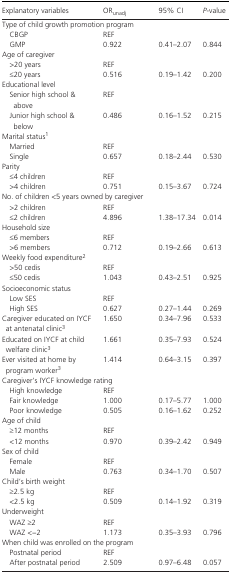
<table><thead><tr><td><b>Explanatory variables</b></td><td><b>OR<sub>unadj</sub></b></td><td><b>95% CI</b></td><td><b><i>P</i>‐value</b></td></tr></thead><tbody><tr><td colspan="4">Type of child growth promotion program</td></tr><tr><td>CBGP</td><td>REF</td><td></td><td></td></tr><tr><td>GMP</td><td>0.922</td><td>0.41–2.07</td><td>0.844</td></tr><tr><td colspan="4">Age of caregiver</td></tr><tr><td>&gt;20 years</td><td>REF</td><td></td><td></td></tr><tr><td>≤20 years</td><td>0.516</td><td>0.19–1.42</td><td>0.200</td></tr><tr><td colspan="4">Educational level</td></tr><tr><td>Senior high school &amp; above</td><td>REF</td><td></td><td></td></tr><tr><td>Junior high school &amp; below</td><td>0.486</td><td>0.16–1.52</td><td>0.215</td></tr><tr><td colspan="4">Marital statusa</td></tr><tr><td>Married</td><td>REF</td><td></td><td></td></tr><tr><td>Single</td><td>0.657</td><td>0.18–2.44</td><td>0.530</td></tr><tr><td colspan="4">Parity</td></tr><tr><td>≤4 children</td><td>REF</td><td></td><td></td></tr><tr><td>&gt;4 children</td><td>0.751</td><td>0.15–3.67</td><td>0.724</td></tr><tr><td colspan="4">No. of children &lt;5 years owned by caregiver</td></tr><tr><td>&gt;2 children</td><td>REF</td><td></td><td></td></tr><tr><td>≤2 children</td><td>4.896</td><td>1.38–17.34</td><td>0.014</td></tr><tr><td colspan="4">Household size</td></tr><tr><td>≤6 members</td><td>REF</td><td></td><td></td></tr><tr><td>&gt;6 members</td><td>0.712</td><td>0.19–2.66</td><td>0.613</td></tr><tr><td colspan="4">Weekly food expenditureb</td></tr><tr><td>&gt;50 cedis</td><td>REF</td><td></td><td></td></tr><tr><td>≤50 cedis</td><td>1.043</td><td>0.43–2.51</td><td>0.925</td></tr><tr><td colspan="4">Socioeconomic status</td></tr><tr><td>Low SES</td><td>REF</td><td></td><td></td></tr><tr><td>High SES</td><td>0.627</td><td>0.27–1.44</td><td>0.269</td></tr><tr><td>Caregiver educated on IYCF at antenatal clinicc</td><td>1.650</td><td>0.34–7.96</td><td>0.533</td></tr><tr><td>Educated on IYCF at child welfare clinicc</td><td>1.661</td><td>0.35–7.93</td><td>0.524</td></tr><tr><td>Ever visited at home by program workerc</td><td>1.414</td><td>0.64–3.15</td><td>0.397</td></tr><tr><td colspan="4">Caregiver&#x27;s IYCF knowledge rating</td></tr><tr><td>High knowledge</td><td>REF</td><td></td><td></td></tr><tr><td>Fair knowledge</td><td>1.000</td><td>0.17–5.77</td><td>1.000</td></tr><tr><td>Poor knowledge</td><td>0.505</td><td>0.16–1.62</td><td>0.252</td></tr><tr><td colspan="4">Age of child</td></tr><tr><td>≥12 months</td><td>REF</td><td></td><td></td></tr><tr><td>&lt;12 months</td><td>0.970</td><td>0.39–2.42</td><td>0.949</td></tr><tr><td colspan="4">Sex of child</td></tr><tr><td>Female</td><td>REF</td><td></td><td></td></tr><tr><td>Male</td><td>0.763</td><td>0.34–1.70</td><td>0.507</td></tr><tr><td colspan="4">Child&#x27;s birth weight</td></tr><tr><td>≥2.5 kg</td><td>REF</td><td></td><td></td></tr><tr><td>&lt;2.5 kg</td><td>0.509</td><td>0.14–1.92</td><td>0.319</td></tr><tr><td colspan="4">Underweight</td></tr><tr><td>WAZ ≥2</td><td>REF</td><td></td><td></td></tr><tr><td>WAZ &lt;−2</td><td>1.173</td><td>0.35–3.93</td><td>0.796</td></tr><tr><td colspan="4">When child was enrolled on the program</td></tr><tr><td>Postnatal period</td><td>REF</td><td></td><td></td></tr><tr><td>After postnatal period</td><td>2.509</td><td>0.97–6.48</td><td>0.057</td></tr></tbody></table>